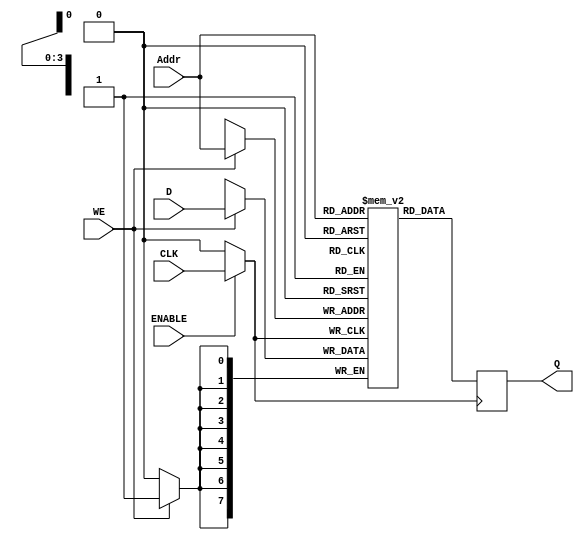
module clock_gated_memory (
    input wire CLK,           // Main clock signal
    input wire ENABLE,        // Gating control signal
    input wire [7:0] D,      // Data input
    input wire WE,           // Write enable
    input wire [3:0] Addr,   // Address input
    output reg [7:0] Q       // Data output
);

    // Gated clock signal
    wire GCLK;

    // Clock gating logic
    assign GCLK = ENABLE ? CLK : 1'b0;

    // Memory array (for example, a simple 16x8 SRAM)
    reg [7:0] memory [0:15];

    // Memory operation
    always @(posedge GCLK) begin
        if (WE) begin
            memory[Addr] <= D; // Write operation
        end
        Q <= memory[Addr]; // Read operation
    end

endmodule